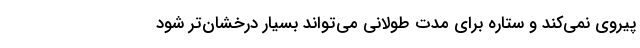
پیروی نمی‌کند و ستاره برای مدت طولانی می‌تواند بسیار درخشان‌تر شود